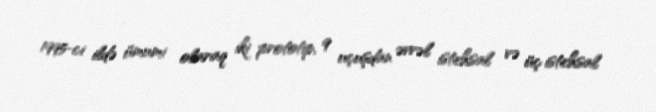
1995-ci ildə ümumi olaraq iki prototip, 9 uçuşdan əvvəl istehsal və üç istehsal